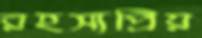
রহস্যপ্রিয়